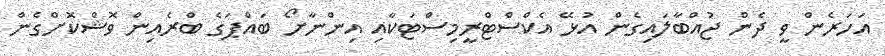
އަހަރެން ވީ ދެން ޖުއްބާލައިގެން އުޅޭ އެކްސްޓްރީމިސްޓަކާއި އިންނާށޯ ބައްޕަގެ ބްރެއިން ވޮޝްކޮށްގެން